Indian journal of veterinary science and animal husbandry - Volume 3,
Year: 1933
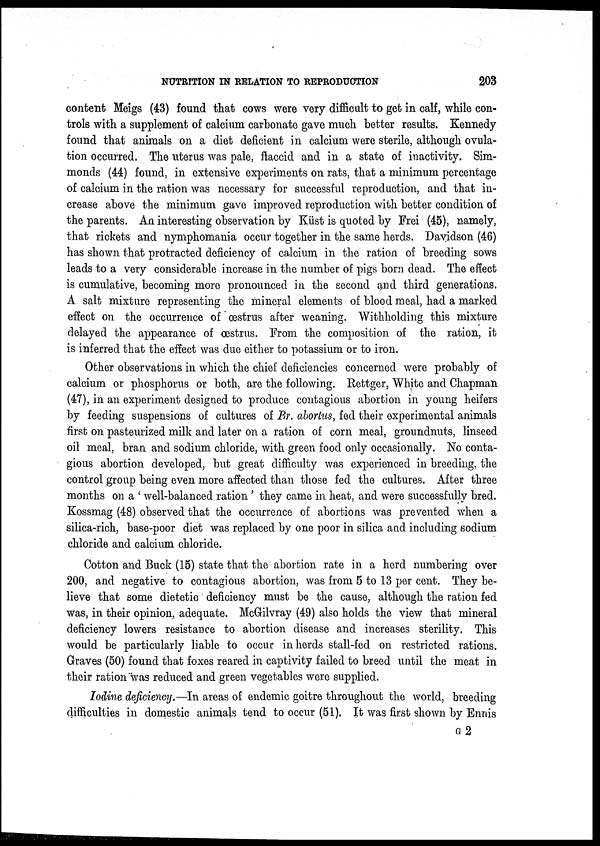
NUTRITION IN RELATION TO REPRODUCTION
203
content Meigs (43) found that cows were very difficult to get in calf, while con-
trols with a supplement of calcium carbonate gave much better results. Kennedy-
found that animals on a diet deficient in calcium were sterile, although ovula-
tion occurred. The uterus was pale, flaccid and in a state of inactivity. Sim-
monds (44) found, in extensive experiments on rats, that a minimum percentage
of calcium in the ration was necessary for successful reproduction, and that in-
crease above the minimum gave improved reproduction with better condition of
the parents. An interesting observation by Küst is quoted by Frei (45), namely,
that rickets and nymphomania occur together in the same herds. Davidson (46)
has shown that protracted deficiency of calcium in the ration of breeding sows
leads to a very considerable increase in the number of pigs born dead. The effect
is cumulative, becoming more pronounced in the second and third generations.
A salt mixture representing the mineral elements of blood meal, had a marked
effect on the occurrence of œstrus after weaning. Withholding this mixture
delayed the appearance of œstrus. From the composition of the ration, it
is inferred that the effect was due either to potassium or to iron.
Other observations in which the chief deficiencies concerned were probably of
calcium or phosphorus or both, are the following. Rettger, White and Chapman
(47), in an experiment designed to produce contagious abortion in young heifers
by feeding suspensions of cultures of Br. abortus, fed their experimental animals
first on pasteurized milk and later on a ration of corn meal, groundnuts, linseed
oil meal, bran and sodium chloride, with green food only occasionally. No conta-
gious abortion developed, but great difficulty was experienced in breeding, the
control group being even more affected than those fed the cultures. After three
months on a ' well-balanced ration' they came in heat, and were successfully bred.
Kossmag (48) observed that the occurrence of abortions was prevented when a
silica-rich, base-poor diet was replaced by one poor in silica and including sodium
chloride and calcium chloride.
Cotton and Buck (15) state that the abortion rate in a herd numbering over
200, and negative to contagious abortion, was from 5 to 13 per cent. They be-
lieve that some dietetic deficiency must be the cause, although the ration fed
was, in their opinion, adequate. McGilvray (49) also holds the view that mineral
deficiency lowers resistance to abortion disease and increases sterility. This
would be particularly liable to occur in herds stall-fed on restricted rations.
Graves (50) found that foxes reared in captivity failed to breed until the meat in
their ration was reduced and green vegetables were supplied.
Iodine deficiency.—In areas of endemic goitre throughout the world, breeding
difficulties in domestic animals tend to occur (51). It was first shown by Ennis
G 2